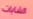
الشابات